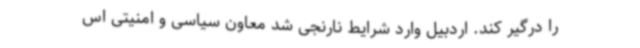
را درگیر کند. اردبیل وارد شرایط نارنجی شد معاون سیاسی و امنیتی اس